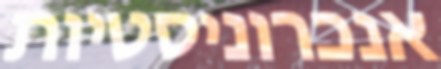
אנכרוניסטיות